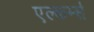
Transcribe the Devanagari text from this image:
एल्कर्म्स